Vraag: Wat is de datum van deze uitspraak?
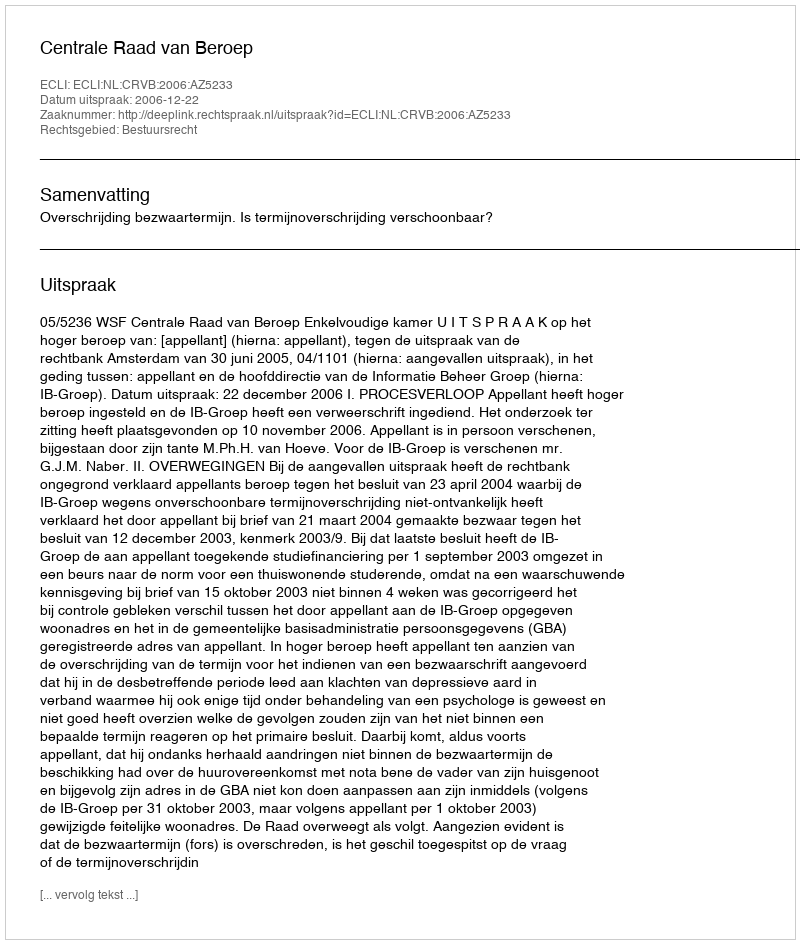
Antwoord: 2006-12-22